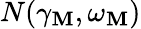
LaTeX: N(\gamma_{\mathbf{M}},\omega_{\mathbf{M}})